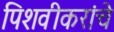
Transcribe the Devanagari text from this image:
पिशवीकरांचे